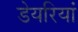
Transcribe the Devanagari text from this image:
डेयरियां